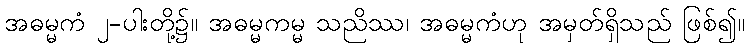
အဓမ္မကံ ၂-ပါးတို့၌။ အဓမ္မကမ္မ သညိဿ၊ အဓမ္မကံဟု အမှတ်ရှိသည် ဖြစ်၍။